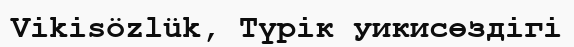
Vikisözlük, Түрік уикисөздігі